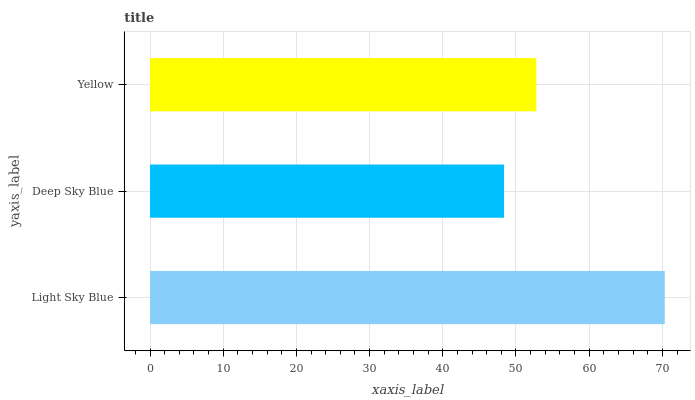
| yaxis_label | bars |
 | --- | --- |
 | Light Sky Blue | 70.3 |
 | Deep Sky Blue | 48.4 |
 | Yellow | 52.8 |